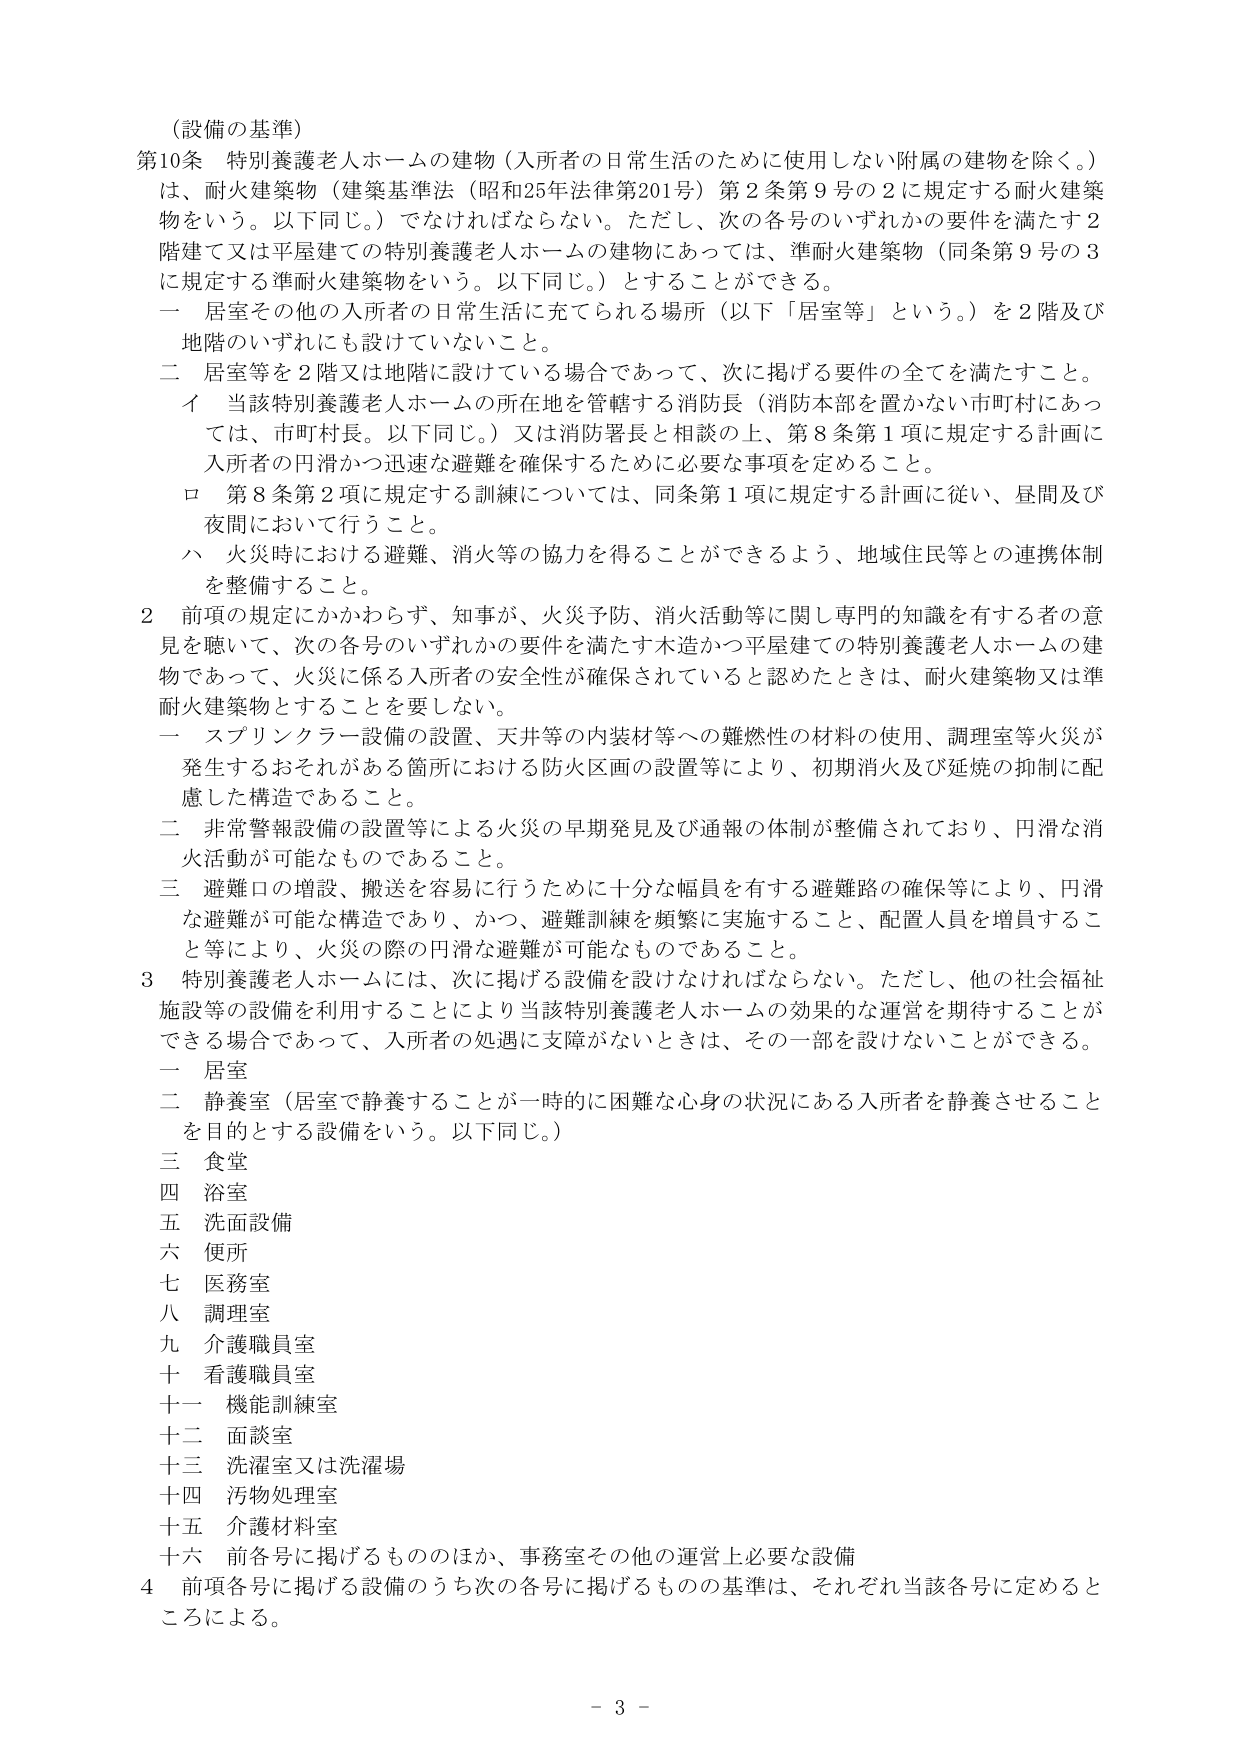
（設備の基準）

第10条 特別養護老人ホームの建物（入所者の日常生活のために使用しない附属の建物を除く。）は、耐火建築物（建築基準法（昭和25年法律第201号）第2条第9号の2に規定する耐火建築物をいう。以下同じ。）でなければならない。ただし、次の各号のいずれかの要件を満たす2階建て又は平屋建ての特別養護老人ホームの建物にあっては、準耐火建築物（同条第9号の3に規定する準耐火建築物をいう。以下同じ。）とすることができる。

一 居室その他の入所者の日常生活に充てられる場所（以下「居室等」という。）を2階及び地階のいずれにも設けていないこと。

二 居室等を2階又は地階に設けている場合であって、次に掲げる要件の全てを満たすこと。

　イ 当該特別養護老人ホームの所在地を管轄する消防長（消防本部を置かない市町村にあっては、市町村長。以下同じ。）又は消防署長と相談の上、第8条第1項に規定する計画に入所者の円滑かつ迅速な避難を確保するために必要な事項を定めること。

　ロ 第8条第2項に規定する訓練については、同条第1項に規定する計画に従い、昼間及び夜間において行うこと。

　ハ 火災時における避難、消火等の協力を得ることができるよう、地域住民等との連携体制を整備すること。

2 前項の規定にかかわらず、知事が、火災予防、消火活動等に関し専門的知識を有する者の意見を聴いて、次の各号のいずれかの要件を満たす木造かつ平屋建ての特別養護老人ホームの建物であって、火災に係る入所者の安全性が確保されていると認めたときは、耐火建築物又は準耐火建築物とすることを要しない。

一 スプリンクラー設備の設置、天井等の内装材等への難燃性の材料の使用、調理室等火災が発生するおそれがある箇所における防火区画の設置等により、初期消火及び延焼の抑制に配慮した構造であること。

二 非常警報設備の設置等による火災の早期発見及び通報の体制が整備されており、円滑な消火活動が可能なものであること。

三 避難口の増設、搬送を容易に行うために十分な幅員を有する避難路の確保等により、円滑な避難が可能な構造であり、かつ、避難訓練を頻繁に実施すること、配置人員を増員すること等により、火災の際の円滑な避難が可能なものであること。

3 特別養護老人ホームには、次に掲げる設備を設けなければならない。ただし、他の社会福祉施設等の設備を利用することにより当該特別養護老人ホームの効果的な運営を期待することができる場合であって、入所者の処遇に支障がないときは、その一部を設けないことができる。

一 居室

二 静養室（居室で静養することが一時的に困難な心身の状況にある入所者を静養させることを目的とする設備をいう。以下同じ。）

三 食堂

四 浴室

五 洗面設備

六 便所

七 医務室

八 調理室

九 介護職員室

十 看護職員室

十一 機能訓練室

十二 面談室

十三 洗濯室又は洗濯場

十四 汚物処理室

十五 介護材料室

十六 前各号に掲げるもののほか、事務室その他の運営上必要な設備

4 前項各号に掲げる設備のうち次の各号に掲げるものの基準は、それぞれ当該各号に定めるところによる。

- 3 -